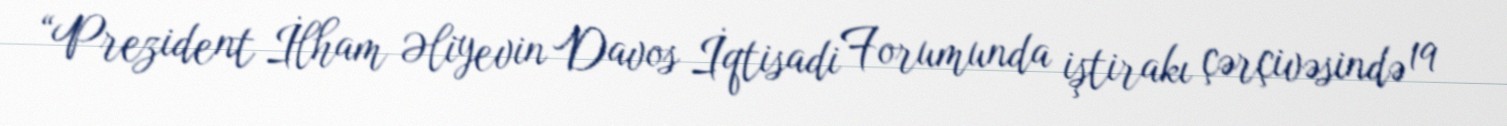
“Prezident İlham Əliyevin Davos İqtisadi Forumunda iştirakı çərçivəsində 19